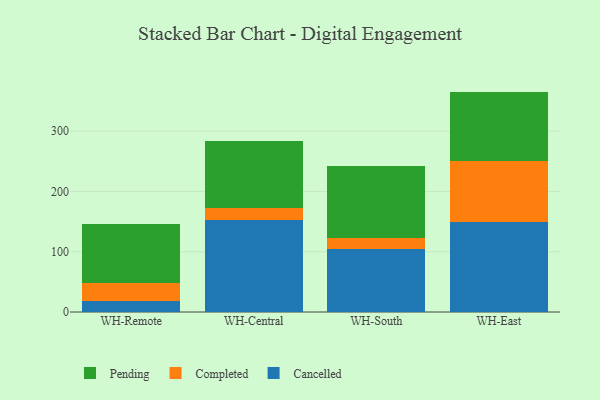
{"axis": {"x": "Warehouse", "y": "Net Income (USD K)"}, "legend": ["Cancelled", "Completed", "Pending"], "data": [{"x": "WH-Remote", "y": 18.1, "type": "Cancelled"}, {"x": "WH-Remote", "y": 30.1, "type": "Completed"}, {"x": "WH-Remote", "y": 98.4, "type": "Pending"}, {"x": "WH-Central", "y": 152.4, "type": "Cancelled"}, {"x": "WH-Central", "y": 20.8, "type": "Completed"}, {"x": "WH-Central", "y": 111.3, "type": "Pending"}, {"x": "WH-South", "y": 104.3, "type": "Cancelled"}, {"x": "WH-South", "y": 18.3, "type": "Completed"}, {"x": "WH-South", "y": 120.3, "type": "Pending"}, {"x": "WH-East", "y": 149.1, "type": "Cancelled"}, {"x": "WH-East", "y": 101.7, "type": "Completed"}, {"x": "WH-East", "y": 114.9, "type": "Pending"}]}